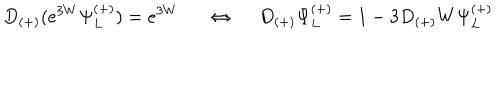
LaTeX: D _ { ( + ) } ( e ^ { 3 W } \Psi _ { L } ^ { ( + ) } ) = e ^ { 3 W } \Leftrightarrow ~ ~ D _ { ( + ) } \Psi _ { L } ^ { ( + ) } = 1 - 3 D _ { ( + ) } W \Psi _ { L } ^ { ( + ) }